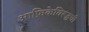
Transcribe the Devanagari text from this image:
आफ्रिकेविरूद्धची